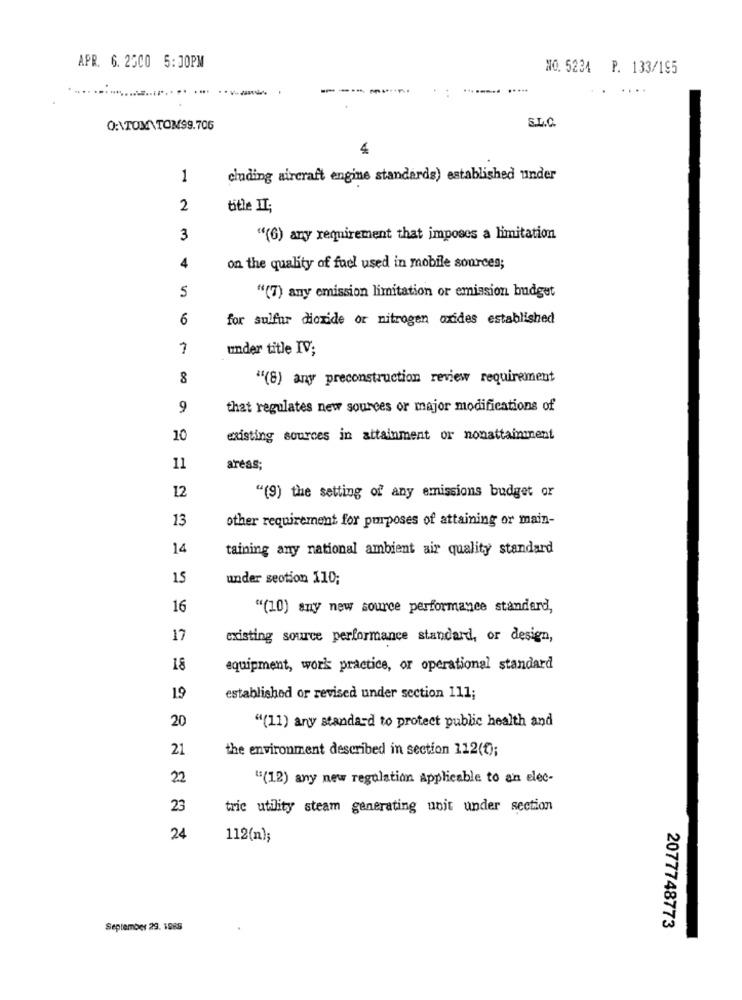
APR. 6. 2500 5:00PM
NO. 5234 P. 133/195
-----
.5.
...
S.L.C.
Q:\TOM\TOM99.706
4
1
cluding aircraft engine standards) established under
2
title IT:
3
"(6) any requirement that imposes a limitation
4
on the quality of fuel used in mobile sources;
5
"(7) any emission limitation or emission budget
6
for sulfur dioxide or nitrogen oxides established
1
under title IV;
8
"(8) any preconstruction review requirement
9
that regulates new sources or major modifications of
10
existing sources in attainment or nonattainment
11
areas;
12
"(9) the setting of any emissions budget or
13
other requirement for purposes of attaining or main-
14
taining any national ambient air quality standard
15
under section 110;
16
"(10) any new source performance standard,
17
existing source performance standard, or design,
18
equipment, work practice, or operational standard
19
established or revised under section 111;
20
"(11) any standard to protect public health and
21
the environment described in section 112(0);
22
"(12) any new regulation Applicable to an elec-
23
tric utility steam generating unit under section
24
112(n);
September 29. 1885
2077748773